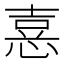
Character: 𢝫